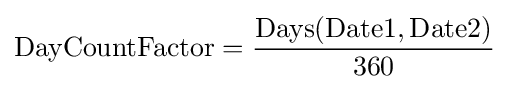
\mathrm {DayCountFactor} ={\frac {\mathrm {Days} (\mathrm {Date1} ,\mathrm {Date2} )}{360}}